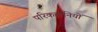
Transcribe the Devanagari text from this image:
परिकहानियों